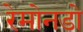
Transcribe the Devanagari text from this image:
रेमोनडो